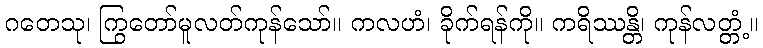
ဂတေသု၊ ကြွတော်မူလတ်ကုန်သော်။ ကလဟံ၊ ခိုက်ရန်ကို။ ကရိဿန္တိ၊ ကုန်လတ္တံ့။